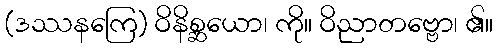
(ဒဿနကြေ) ဝိနိစ္ဆယော၊ ကို။ ဝိညာတဗ္ဗော၊ ၏။